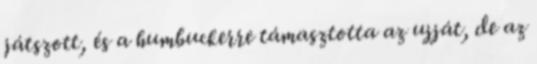
játszott, és a humbuckerre támasztotta az ujját, de az